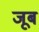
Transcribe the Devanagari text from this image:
जूब